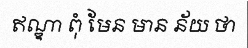
ឥណ្ឌា ពុំ មែន មាន ន័យ ថា